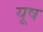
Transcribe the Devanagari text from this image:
यूष